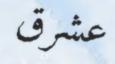
عشرق